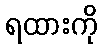
ရထားကို